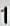
1